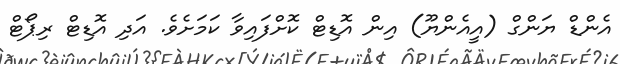
އެންޑް ޔަންގް (އީއެންޔޫ) އިން އޮޑިޓް ކޮށްފައިވާ ކަމަށެވެ. އަދި އޮޑިޓް ރިޕޯޓް